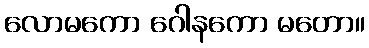
လောမကော ဂေါနကော မတော။